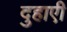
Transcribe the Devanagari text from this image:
दुहाएी